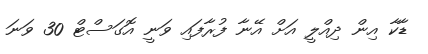
ޑާކާ އިން ދިއްލީ އަށް އޭނާ ފުރާފައި ވަނީ އޮގަސްޓް 30 ވަނަ